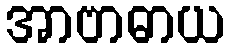
အာဗာဓာယ